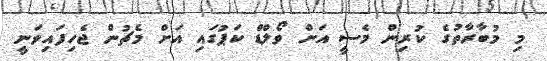
މި މުބާރާތުގެ ކުރިން މެސީ އަށް ވޯލްޑް ކަޕުގައި އަށް މެޗުން ޖެހިފައިވަނީ